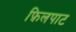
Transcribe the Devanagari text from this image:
फ़िलपाट